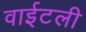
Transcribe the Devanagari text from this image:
वाईटली